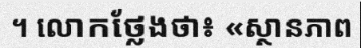
។ លោកថ្លែងថា៖ «ស្ថានភាព